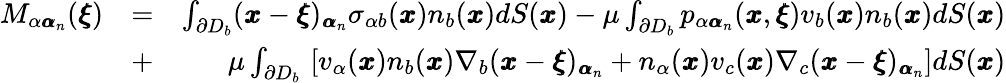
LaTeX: \begin{array}{rlr}{M_{\alpha{\pmb\alpha}_{n}}({\pmb\xi})}&{=}&{\int_{\partial D_{b}}({\pmb x}-{\pmb\xi})_{{\pmb\alpha}_{n}}\sigma_{\alpha b}({\pmb x})n_{b}({\pmb x})dS({\pmb x})-\mu\int_{\partial D_{b}}p_{\alpha{\pmb\alpha}_{n}}({\pmb x},{\pmb\xi})v_{b}({\pmb x})n_{b}({\pmb x})dS({\pmb x})}\\ &{+}&{\mu\int_{\partial D_{b}}\, \left[v_{\alpha}({\pmb x})n_{b}({\pmb x})\nabla_{b}({\pmb x}-{\pmb\xi})_{{\pmb\alpha}_{n}}+n_{\alpha}({\pmb x})v_{c}({\pmb x})\nabla_{c}({\pmb x}-{\pmb\xi})_{{\pmb\alpha}_{n}}\right]dS({\pmb x})}\end{array}